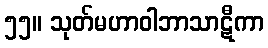
၅၅။ သုတ်မဟာဝါဘာသာဋီကာ